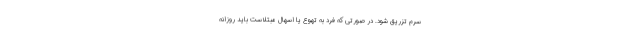
سرم تزریق شود. در صورتی که فرد به تهوع یا اسهال مبتلاست باید روزانه